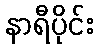
နာရီပိုင်း